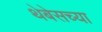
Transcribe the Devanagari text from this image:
थेबेसच्या